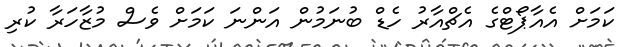
ކަމަށް އެއާޕޯޓްގެ އެޗްއާރު ހެޑް ބުނަމުން އަންނަ ކަމަށް ވެސް މުޒާހަރާ ކުރި